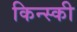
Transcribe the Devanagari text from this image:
किन्स्की